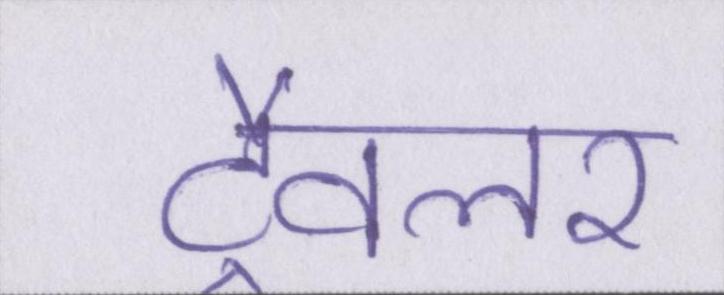
ट्रैवलर